Subject: math
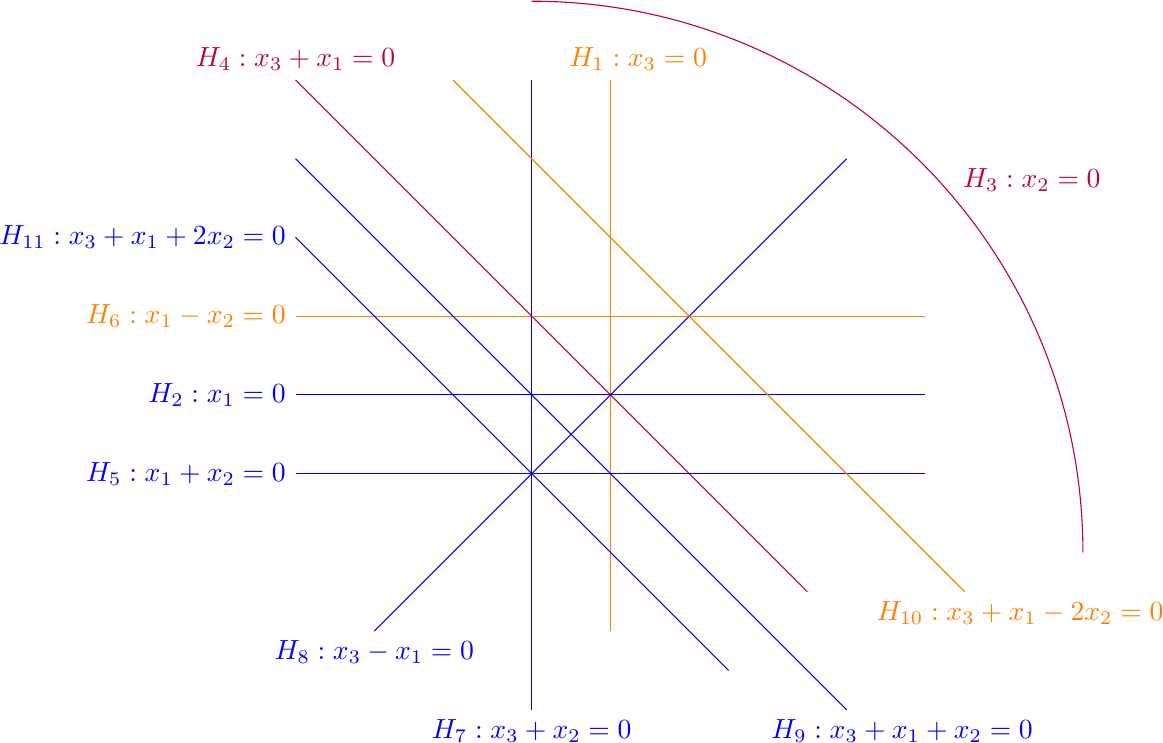
LaTeX code:
\begin{tikzpicture}%[scale=0.80]
  \draw [blue]  (4,0) -- (-4,0)  node[left]  {$H_2:x_1=0$};
  \draw  [orange] (0,-3) -- (0,4)node[above] {\qquad $H_1:x_3=0$};
  \draw  [purple](6,-2) arc (0:90:7);
   \draw  [purple](5,3) node[below] {\qquad $H_3:x_2=0$};
    \draw  [purple](2.5,-2.5) -- (-4,4) node[above] {$H_4:x_3+x_1=0$};
      \draw[blue] (4,-1) -- (-4,-1) node[left] {$H_5:x_1+x_2=0$};
   \draw [orange](4,1) -- (-4,1) node[left] {$H_6:x_1-x_2=0$};
  \draw [blue] (-1,4) -- (-1,-4) node[below] {$H_7:x_3+x_2=0$};
   \draw[blue] (3,3) -- (-3,-3) node[below] {$H_8:x_3-x_1=0$};
    \draw[blue] (-4,3) -- (3,-4) node[below] {\qquad \qquad $H_9:x_3+x_1+x_2=0$};
     \draw  [orange](-2,4) -- (4.5,-2.5) node[below] {\qquad \qquad $H_{10}:x_3+x_1-2x_2=0$};
      \draw[blue] (1.5,-3.5) -- (-4,2) node[left] {$H_{11}:x_3+x_1+2x_2=0$};
\end{tikzpicture}